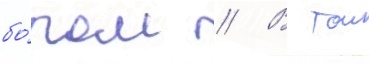
бо́ром // В тои